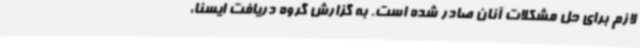
لازم برای حل مشکلات آنان صادر شده است. به گزارش گروه دریافت ایسنا،